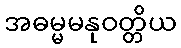
အဓမ္မမနုဝတ္တိယ